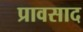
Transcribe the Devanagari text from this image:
प्रावसाद